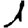
Digit: 1